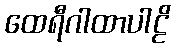
ထေရီဂါထာပါဠိ